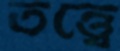
তত্ত্বে